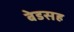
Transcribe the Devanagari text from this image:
बेडसह